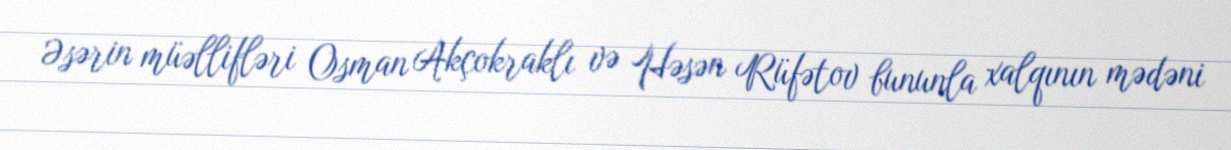
Əsərin müəllifləri Osman Akçokraklı və Həsən Rüfətov bununla xalqının mədəni